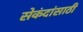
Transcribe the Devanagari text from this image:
सेकंदांसाठी